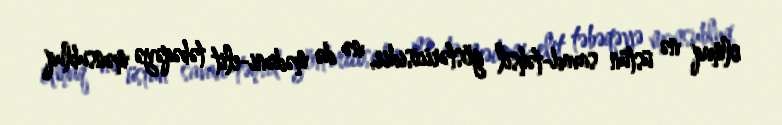
olmaq nə üstün savad-təhsil göstəricisidir, nə də mədəni-elit təbəqəyə mənsubluq